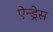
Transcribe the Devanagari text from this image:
ऐन्‍ड्रेस